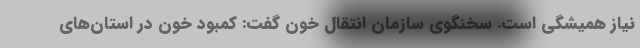
نیاز همیشگی است. سخنگوی سازمان انتقال خون گفت: کمبود خون در استان‌های